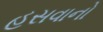
હસવાનો